Vaccine operations Central Provinces 1868-1885 - 1868-1885
Year: 1868
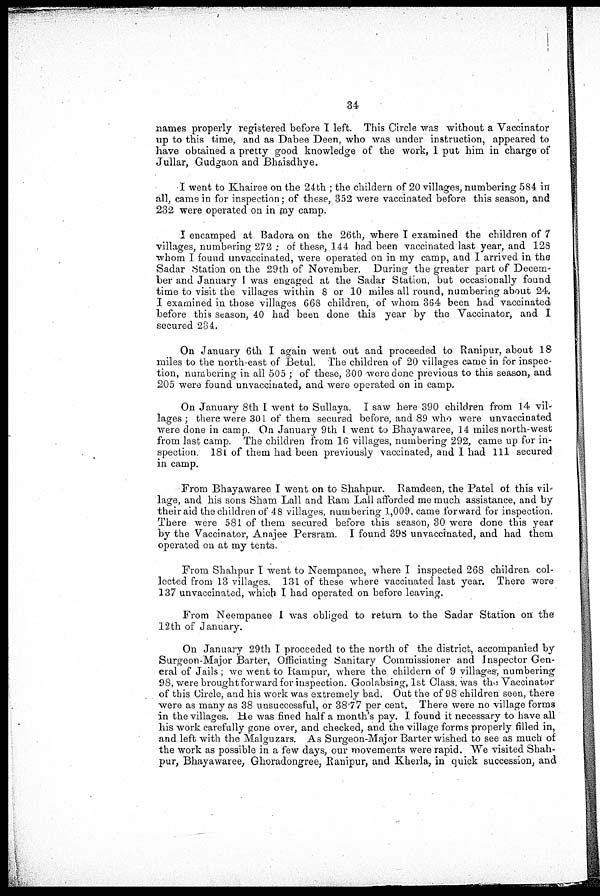
34
names properly registered before I left. This Circle was without a Vaccinator
up to this time, and as Dabee Deen, who was under instruction, appeared to
have obtained a pretty good knowledge of the work, I put him in charge of
Jullar, Gudgaon and Bhaisdhye.
I went to Khairee on the 24th ; the childern of 20 villages, numbering 584 in
all, came in for inspection; of these, 352 were vaccinated before this season, and
232 were operated on in my camp.
I encamped at Badora on the 26th, where I examined the children of 7
villages, numbering 272 ; of these, 144 had been vaccinated last year, and 128
whom I found unvaccinated, were operated on in my camp, and I arrived in the
Sadar Station on the 29th of November. During the greater part of Decem-
ber and January I was engaged at the Sadar Station, but occasionally found
time to visit the villages within 8 or 10 miles all round, numbering about 24.
I examined in those villages 668 children, of whom 364 been had vaccinated
before this season, 40 had been done this year by the Vaccinator, and I
secured 234.
On January 6th I again went out and proceeded to Ranipur, about 18
miles to the north-east of Betul. The children of 20 villages came in for inspec-
tion, numbering in all 505 ; of these, 300 were done previous to this season, and
205 were found unvaccinated, and were operated on in camp.
On January 8th I went to Sullaya. I saw here 390 children from 14 vil-
lages ; there were 301 of them secured before, and 89 who were unvaccinated
were done in camp. On January 9th I went to Bhayawaree, 14 miles north-west
from last camp. The children from 16 villages, numbering 292, came up for in-
spection. 181 of them had been previously vaccinated, and I had 111 secured
in camp.
From Bhayawaree I went on to Shahpur. Ramdeen, the Patel of this vil-
lage, and his sons Sham Lall and Ram Lall afforded me much assistance, and by
their aid the children of 48 villages, numbering 1,009. came forward for inspection.
There were 581 of them secured before this season, 30 were done this year
by the Vaccinator, Anajee Persram. I found 398 unvaccinated, and had them
operated on at my tents.
From Shahpur I went to Neempanee, where I inspected 268 children col-
lected from 13 villages. 131 of these where vaccinated last year. There were
137 unvaccinated, which I had operated on before leaving.
From Neempanee I was obliged to return to the Sadar Station on the
12th of January.
On January 29th I proceeded to the north of the district, accompanied by
Surgeon-Major Barter, Officiating Sanitary Commissioner and Inspector Gen-
eral of Jails; we went to Rampur, where the childern of 9 villages-, numbering
98, were brought forward for inspection. Goolabsing, 1st Class. was the Vaccinator
of this Circle, and his work was extremely bad. Out the of 98 children seen, there
were as many as 38 unsuccessful, or 38.77 per cent. There were no village forms
in the villages. He was fined half a month's pay. I found it necessary to have all
his work carefully gone over, and checked, and the village forms properly filled in,
and left with the Malguzars. As Surgeon-Major Barter wished to see as much of
the work as possible in a few days, our movements were rapid. We visited Shah-
pur, Bhayawaree, Ghoradongree, Ranipur, and Kherla, in quick succession, and